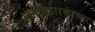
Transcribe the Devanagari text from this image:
क्रांतीकारकांच्या